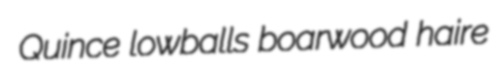
Quince lowballs boarwood haire